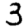
Digit: 3